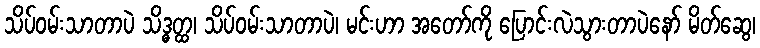
သိပ်ဝမ်းသာတာပဲ သိဒ္ဓတ္ထ၊ သိပ်ဝမ်းသာတာပဲ၊ မင်းဟာ အတော်ကို ပြောင်းလဲသွားတာပဲနော် မိတ်ဆွေ၊